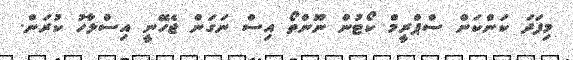
މިފަދަ ކަންކަން ސްޕްރީމް ކޯޓުން ނޫންތޯ އިސް ނަގަން ޖެހޭނީ އިސްލާހު ކުރަން.